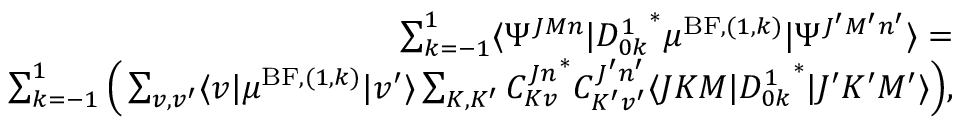
\begin{array} { r } { \sum _ { k = - 1 } ^ { 1 } \langle \Psi ^ { J M n } \vert { D _ { 0 k } ^ { 1 } } ^ { * } \mu ^ { \mathrm { B F } , ( 1 , k ) } \vert \Psi ^ { J ^ { \prime } M ^ { \prime } n ^ { \prime } } \rangle = } \\ { \sum _ { k = - 1 } ^ { 1 } \Big ( \sum _ { v , v ^ { \prime } } \langle v \vert \mu ^ { \mathrm { B F } , ( 1 , k ) } \vert v ^ { \prime } \rangle \sum _ { K , K ^ { \prime } } { C _ { K v } ^ { J n } } ^ { * } C _ { K ^ { \prime } v ^ { \prime } } ^ { J ^ { \prime } n ^ { \prime } } \langle J K M \vert { D _ { 0 k } ^ { 1 } } ^ { * } \vert J ^ { \prime } K ^ { \prime } M ^ { \prime } \rangle \Big ) , } \end{array}